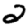
Digit: 2